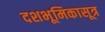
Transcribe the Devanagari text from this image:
दशभूमिकासूत्र